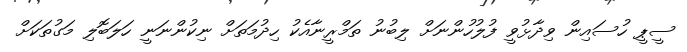
ސީޕީ ހުސައިން ވިދާޅުވީ ފުލުހުންނަށް ލިބުނު ތަމްރީނާއެކު ހިދުމަތަށް ނިކުންނަނީ ހަލަބޮލި މަގުތަކަށް